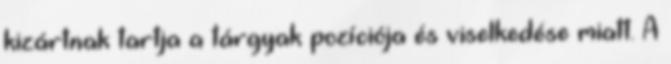
kizártnak tartja a tárgyak pozíciója és viselkedése miatt. A